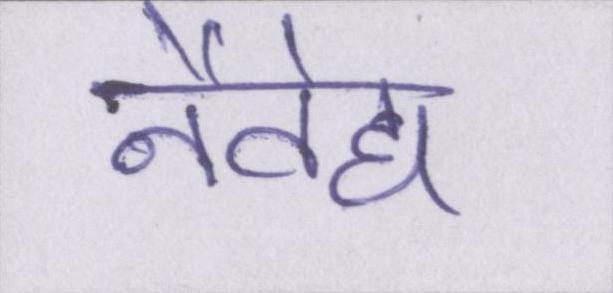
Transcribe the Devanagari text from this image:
नैवेद्य